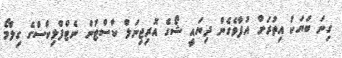
ގިނަ ބަޔަކު އިތުރަށް އުފާވެގެން ދިޔައީ ޝޯގެ އޮރިޖިނަލް ކާސްޓުން ނެޓްފްލިކްސްގެ ގިލްމޯ